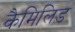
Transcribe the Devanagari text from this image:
कैमिलिड